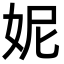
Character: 妮